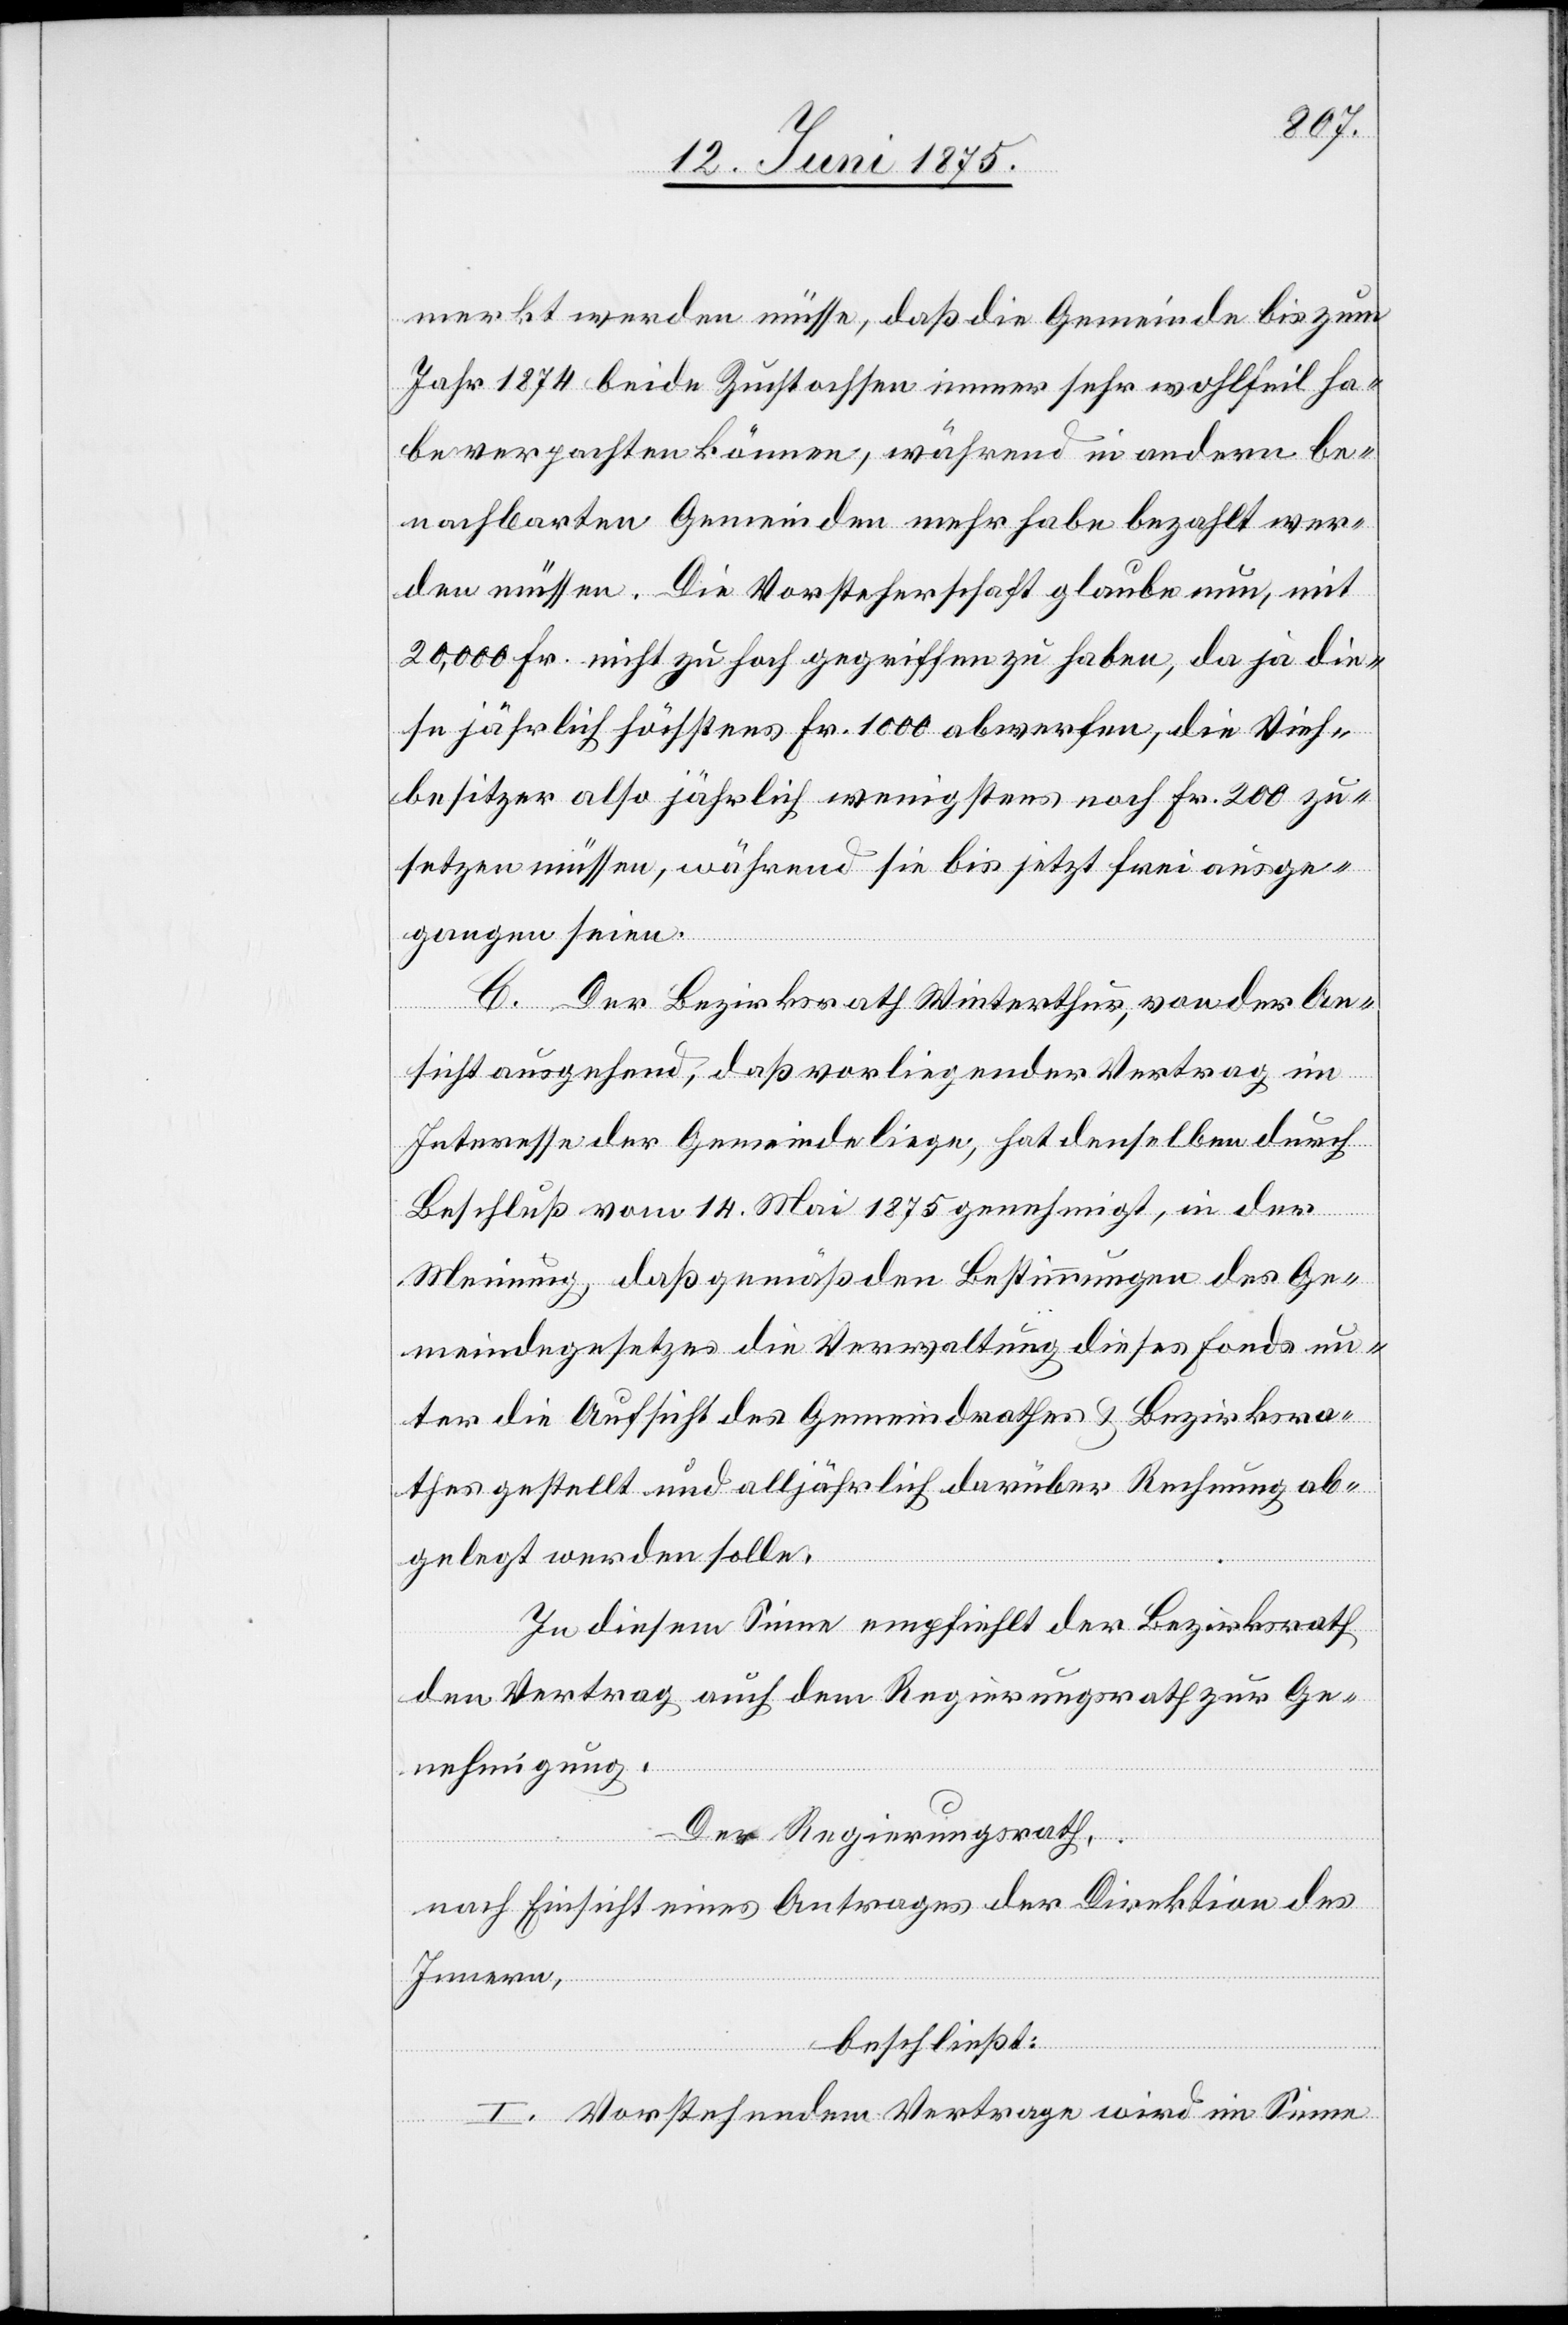
merkt werden müsse, daß die Gemeinde bis zum
Jahr 1874 beide Zuchtochsen immer sehr wohlfeil ha¬
be verpachten können, während in andern be¬
nachbarten Gemeinden mehr habe bezahlt wer¬
den müssen. Die Vorsteherschaft glaube nun, mit
20,000 Fr. nicht zu hoch gegriffen zu haben, da ja die¬
se jährlich höchstens Fr. 1000 abwerfen, die Vieh¬
besitzer also jährlich wenigstens noch Fr. 200 zu¬
setzen müssen, während sie bis jetzt frei einge¬
gangen seien.
C. Der Bezirksrath Winterthur, von der An¬
sicht ausgehend, daß vorliegender Vertrag im
Interesse der Gemeinde liege, hat denselben durch
Beschluß vom 14. Mai genehmigt, in der
Meinung daß gemäß den Bestimmungen des Ge¬
meindegesetzes die Verwaltung dieses Fonds un¬
ter die Aufsicht des Gemeindrathes & Bezirksra¬
thes gestellt und alljährlich darüber Rechnung ab¬
gelegt werden solle.
In diesem Sinne empfiehlt der Bezirksrath
den Vertrag auch dem Regierungsrath zur Ge¬
nehmigung.
Der Regierungsrath,
nach Einsicht eines Antrages der Direktion des
Innern,
beschließt:
I. Vorstehendem Vertrage wird im Sinne